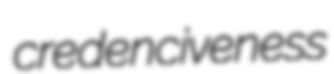
credenciveness